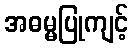
အဓမ္မပြုကျင့်